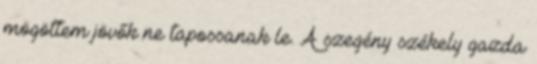
mögöttem jövők ne tapossanak le. A szegény székely gazda